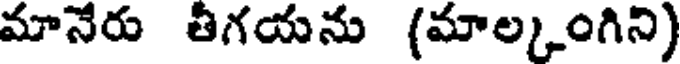
మానేరు తీగయను (మాల్కంగిని)